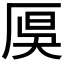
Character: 𠩩